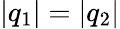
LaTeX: \vert q_{1}\vert=\vert q_{2}\vert